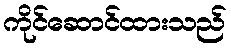
ကိုင်ဆောင်ထားသည်